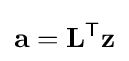
\mathbf {a} =\mathbf {L} ^{\mathsf {T}}\mathbf {z}